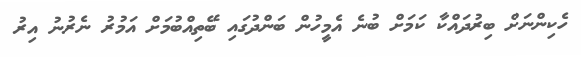
ހެކިންނަށް ބިރުދައްކާ ކަމަށް ބުނެ އެމީހުން ބަންދުގައި ބޭތިއްބުމަށް އަމުރު ނެރުނު އިރު